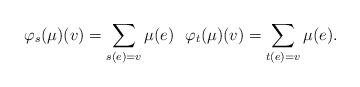
LaTeX: \begin{align*}\varphi_s(\mu)(v)= \sum_{s(e)=v} \mu(e)\ \ \varphi_t(\mu)(v)= \sum_{t(e)=v} \mu(e).\end{align*}